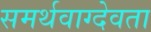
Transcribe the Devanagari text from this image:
समर्थवाग्देवता